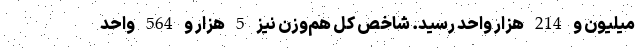
میلیون و 214 هزار واحد رسید. شاخص کل هم‌وزن نیز 5 هزار و 564 واحد